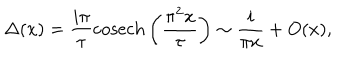
\Delta ( x ) = \frac { i \pi } { \tau } { \mathrm { c o s e c h } } \left( \frac { \pi ^ { 2 } x } { \tau } \right) \sim \frac { i } { \pi x } + O ( x ) ,